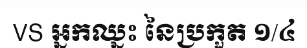
VS អ្នកឈ្នះ នៃប្រកួត ១/៤